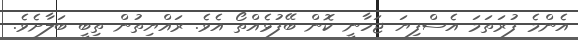
އެންމެ ފުރަތަމަ އެސްފިޔަ ޖަހާނީ ކޮން ބޭފުޅެއްތޯ އެވެ. ރައްޔިތުން ތިބީ ބަލާށެވެ.